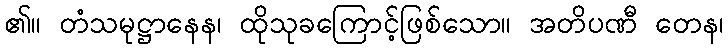
၏။ တံသမုဋ္ဌာနေန၊ ထိုသုခကြောင့်ဖြစ်သော။ အတိပဏီ တေန၊